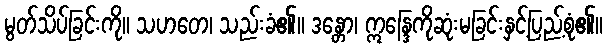
မွတ်သိပ်ခြင်းကို။ သဟတေ၊ သည်းခံ၏။ ဒန္တော၊ ဣန္ဒြေကိုဆုံးမခြင်းနှင့်ပြည့်စုံ၏။